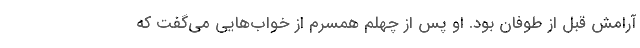
آرامش قبل از طوفان بود. او پس از چهلم همسرم از خواب‌هایی می‌گفت که